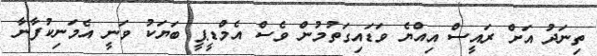
ތިނަދު އަށް ރައީސް އިއްޔެ ވަޑައިގަތުމުން ވެސް އެމްޑީޕީ ބަޔަކު ވަނީ އެމަނިކުފާނާ